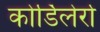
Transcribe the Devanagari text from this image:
कोर्डिलेर्रा